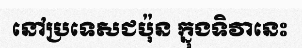
នៅប្រទេសជប៉ុន ក្នុងទិវានេះ